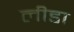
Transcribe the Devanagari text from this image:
लीडा